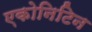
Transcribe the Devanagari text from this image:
एकोनिटिन